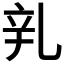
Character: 乵